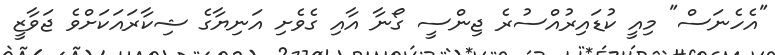
"އެހެނަސް" މިއީ ކުޑައިރުއްސުރެ ޖިންސީ ގޯނާ އާއި ގެވެށި އަނިޔާގެ ޝިކާރައަކަށްވެ ޖަވާޒީ